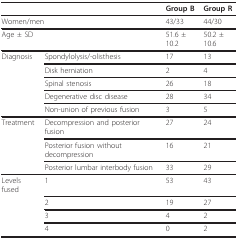
<table><thead><tr><td></td><td></td><td><b>Group B</b></td><td><b>Group R</b></td></tr></thead><tbody><tr><td colspan="2">Women/men</td><td>43/33</td><td>44/30</td></tr><tr><td colspan="2">Age ± SD</td><td>51.6 ± 10.2</td><td>50.2 ± 10.6</td></tr><tr><td>Diagnosis</td><td>Spondylolysis/-olisthesis</td><td>17</td><td>13</td></tr><tr><td></td><td>Disk herniation</td><td>2</td><td>4</td></tr><tr><td></td><td>Spinal stenosis</td><td>26</td><td>18</td></tr><tr><td></td><td>Degenerative disc disease</td><td>28</td><td>34</td></tr><tr><td></td><td>Non-union of previous fusion</td><td>3</td><td>5</td></tr><tr><td>Treatment</td><td>Decompression and posterior fusion</td><td>27</td><td>24</td></tr><tr><td></td><td>Posterior fusion without decompression</td><td>16</td><td>21</td></tr><tr><td></td><td>Posterior lumbar interbody fusion</td><td>33</td><td>29</td></tr><tr><td>Levels fused</td><td>1</td><td>53</td><td>43</td></tr><tr><td></td><td>2</td><td>19</td><td>27</td></tr><tr><td></td><td>3</td><td>4</td><td>2</td></tr><tr><td></td><td>4</td><td>0</td><td>2</td></tr></tbody></table>